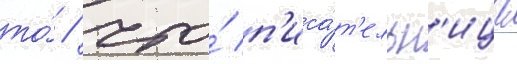
то́ / что́ п'иса́т'ельн'ица